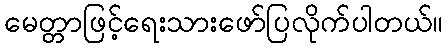
မေတ္တာဖြင့်ရေးသားဖော်ပြလိုက်ပါတယ်။